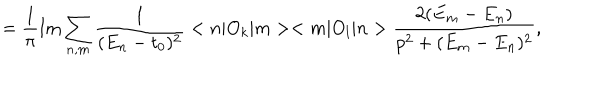
LaTeX: = \frac { 1 } { \pi } \mathrm { I m } \sum _ { n , m } \frac { 1 } { ( E _ { n } - t _ { 0 } ) ^ { 2 } } < n | O _ { k } | m > < m | O _ { l } | n > \frac { 2 ( E _ { m } - E _ { n } ) } { p ^ { 2 } + ( E _ { m } - E _ { n } ) ^ { 2 } } ,